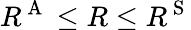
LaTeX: R^{\mathrm{~A~}}\leq R\leq R^{\mathrm{~S~}}